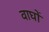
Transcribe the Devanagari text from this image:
वाघों